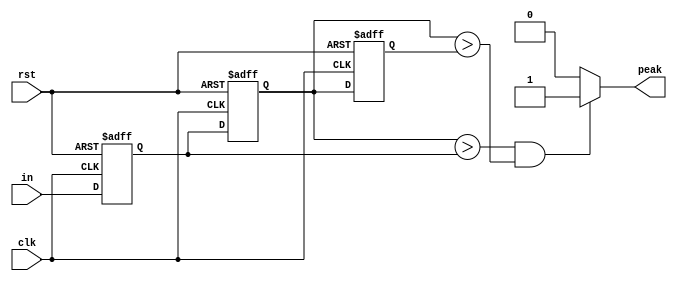
module pk_dt(input [7:0] in ,
             input clk, rst,
             output peak);
  
  
  reg [7:0] buff[0:2];
  
  always @(posedge clk or negedge rst) begin
    if(~rst)
        {buff[0],buff[1],buff[2]}<=24'd0;
    else
      {buff[0],buff[1],buff[2]}<={in,buff[0],buff[1]};
  end
  
  assign peak=(buff[1]>buff[0])&(buff[1]>buff[2])?1:0;
  
endmodule